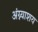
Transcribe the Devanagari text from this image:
अंग्न्याशय